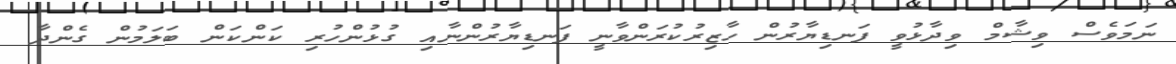
ނަމަވެސް ވިޝާމް ވިދާޅުވީ ފަނޑިޔާރުން ހާޒިރުކުރަންވާނީ ފަނޑިޔާރުންނާއި ގުޅުންހުރި ކަންކަން ބަލަމުން ގެންދާ